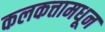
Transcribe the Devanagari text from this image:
कलकत्तामधून